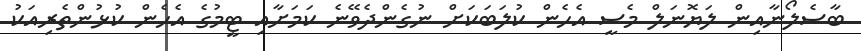
ބާސެލޯނާއިން ލަޔޮނަލް މެސީ އެހެން ކުލަބަކަށް ނުގެންދެވޭނެ ކަމަށާއި ޓީމުގެ އެހެން ކުޅުންތެރިއަކު